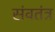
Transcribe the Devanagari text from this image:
संवतंत्र